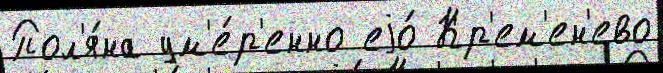
Пол'я́на ум'е́р'енно еjо́ Кр'ем'ен'ево